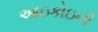
આઇકોઇની